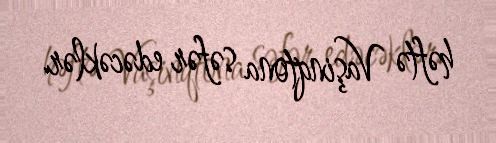
həftə Vaşinqtona səfər edəcəklər.